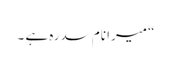
“ میرا نام سدرہ ہے ۔